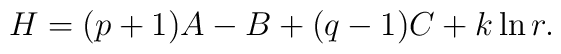
H = (p+1)A - B + (q-1) C + k \ln r.